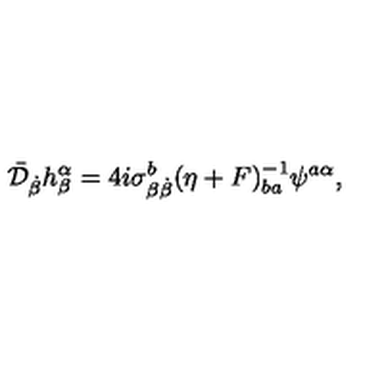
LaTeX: \bar { \cal D } _ { \dot { \beta } } h _ { \beta } ^ { \alpha } = 4 i \sigma _ { \beta { \dot { \beta } } } ^ { b } ( \eta + F ) _ { b a } ^ { - 1 } \psi ^ { a \alpha } ,